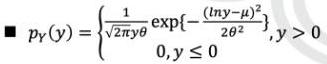
$p_{Y}(y)=\begin{cases}\frac{1}{\sqrt{2 \pi} \theta} \exp \left\{-\frac{(\ln y-\mu)^{2}}{2 \theta^{2}}\right\}, & y>0 \\ 0, & y \leq 0\end{cases}$